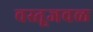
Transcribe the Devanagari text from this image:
वस्तूजवळ